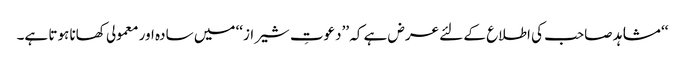
‘‘ مشاہد صاحب کی اطلاع کے لئے عرض ہے کہ ’’دعوتِ شیراز‘‘ میں سادہ اور معمولی کھانا ہوتا ہے۔